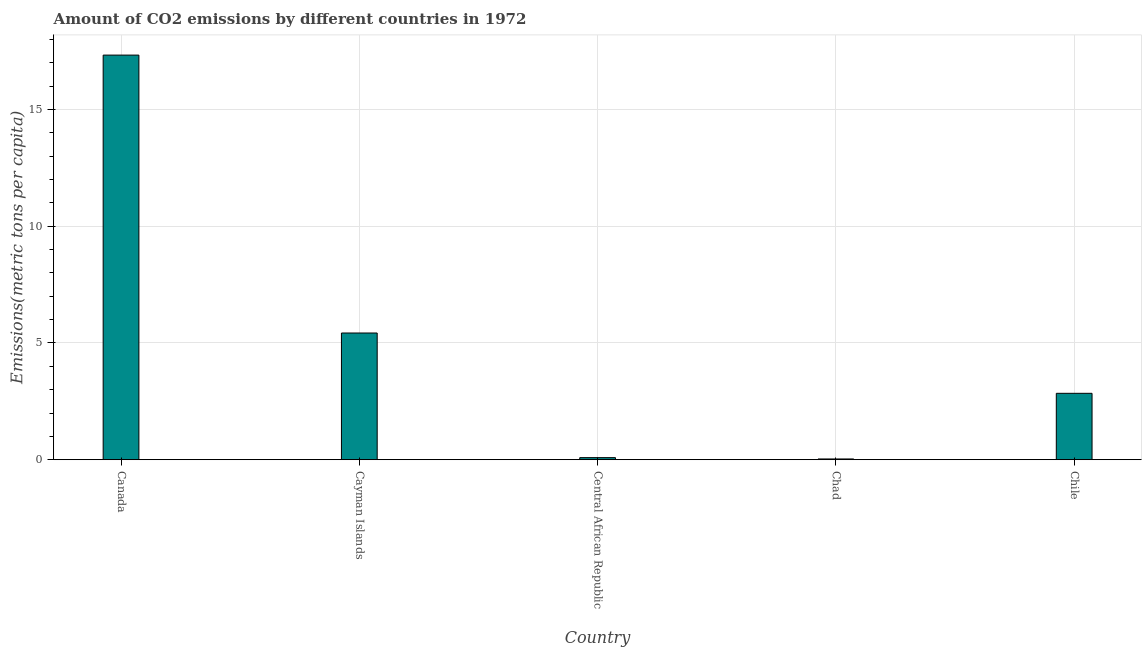
| Country | CO2 emissions |
 | --- | --- |
 | Canada | 17.3 |
 | Cayman Islands | 5.43 |
 | Central African Republic | 0.0887 |
 | Chad | 0.0317 |
 | Chile | 2.84 |